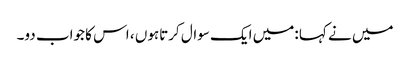
میں نے کہا :میں ایک سوال کرتاہوں ، اس کا جواب دو۔